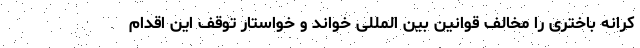
کرانه باختری را مخالف قوانین بین المللی خواند و خواستار توقف این اقدام